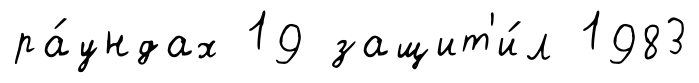
ра́ундах 19 защит'и́л 1983